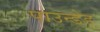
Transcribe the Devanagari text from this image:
पाउन्डेड